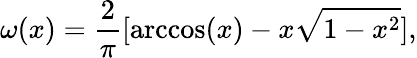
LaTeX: \omega(x)=\frac{2}{\pi}[\operatorname{arccos}(x)-x\sqrt{1-x^{2}}],